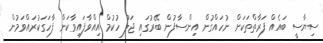
ސިޔާސީ ބައެއް ފަރާތްތަކަށް ނުހައްގުން އިންސާފުން ބޭރުގައި ޖަލު ހުކުމް އިއްވާފައިވާކަން ފާހަގަކުރައްވަމުން